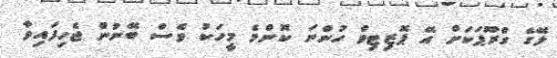
ލޭގެ ގްރޫޕަކަށް އޭ ޕޮޒިޓިވް ހުންނަ ކޮންމެ މީހަކު ވެސް ބޭނުން ޖެހިފައިވާ